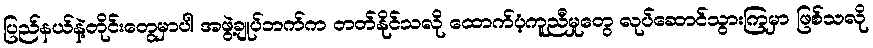
ပြည်နယ်နဲ့တိုင်းတွေမှာပါ အဖွဲ့ချုပ်ဘက်က တတ်နိုင်သလို ထောက်ပံ့ကူညီမှုတွေ လုပ်ဆောင်သွားကြမှာ ဖြစ်သလို